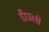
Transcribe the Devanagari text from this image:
डँडाली